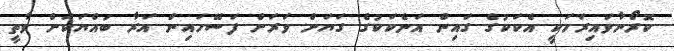
ކޮރޯނާވައިރަހަކީ އެކަކުގެ ގައިން އަނެކަކުގެ ގަޔަށް ވަރަށް ފަސޭހައިން އަރާ ބައްޔަކަށް ވާތީ